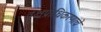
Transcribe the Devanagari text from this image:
वृक्षप्राधिकरणाचे